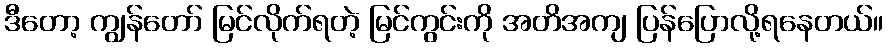
ဒီတော့ ကျွန်တော် မြင်လိုက်ရတဲ့ မြင်ကွင်းကို အတိအကျ ပြန်ပြောလို့ရနေတယ်။